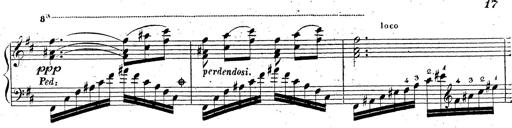
Title: Grande fantaisie sur la tyrolienne de l'opÃ©ra
Composer: Franz Liszt
Key: A major